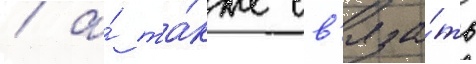
/ а́ та́кже св'яза́ть